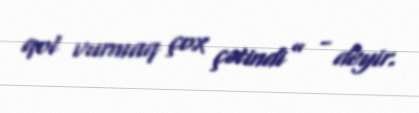
qol vurmaq çox çətindi” - deyir.